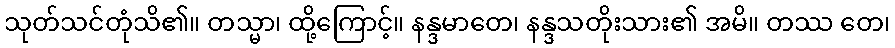
သုတ်သင်တုံသိ၏။ တသ္မာ၊ ထို့ကြောင့်။ နန္ဒမာတေ၊ နန္ဒသတိုးသား၏ အမိ။ တဿ တေ၊